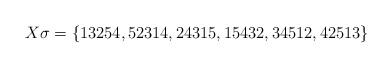
LaTeX: \begin{align*}X \sigma = \{13254, 52314, 24315, 15432, 34512, 42513\}\end{align*}